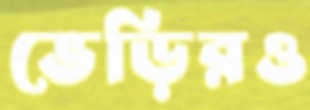
ভেড়িরও